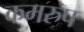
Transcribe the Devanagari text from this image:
कमरुप